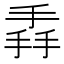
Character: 掱